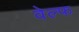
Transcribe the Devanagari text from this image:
वेल्फ